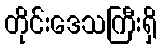
တိုင်းဒေသကြီးရှိ